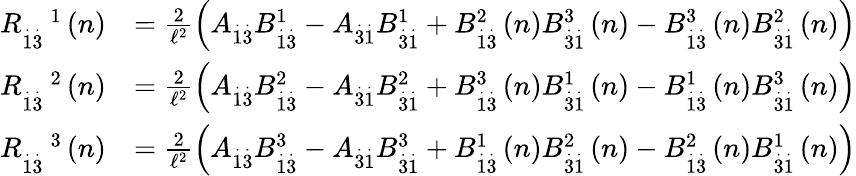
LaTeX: \begin{array}{rl}{R_{\overset{.}{1}\overset{.}{3}}^{\quad 1}\left(n\right)}&{=\frac{2}{\mathcal{\ell}^{2}}\left(A_{\overset{.}{1}\overset{.}{3}}B_{\overset{.}{1}\overset{.}{3}}^{1}-A_{\overset{.}{3}\overset{.}{1}}B_{\overset{.}{3}\overset{.}{1}}^{1}+B_{\overset{.}{1}\overset{.}{3}}^{2}\left(n\right)B_{\overset{.}{3}\overset{.}{1}}^{3}\left(n\right)-B_{\overset{.}{1}\overset{.}{3}}^{3}\left(n\right)B_{\overset{.}{3}\overset{.}{1}}^{2}\left(n\right)\right)}\\ {R_{\overset{.}{1}\overset{.}{3}}^{\quad 2}\left(n\right)}&{=\frac{2}{\mathcal{\ell}^{2}}\left(A_{\overset{.}{1}\overset{.}{3}}B_{\overset{.}{1}\overset{.}{3}}^{2}-A_{\overset{.}{3}\overset{.}{1}}B_{\overset{.}{3}\overset{.}{1}}^{2}+B_{\overset{.}{1}\overset{.}{3}}^{3}\left(n\right)B_{\overset{.}{3}\overset{.}{1}}^{1}\left(n\right)-B_{\overset{.}{1}\overset{.}{3}}^{1}\left(n\right)B_{\overset{.}{3}\overset{.}{1}}^{3}\left(n\right)\right)}\\ {R_{\overset{.}{1}\overset{.}{3}}^{\quad 3}\left(n\right)}&{=\frac{2}{\mathcal{\ell}^{2}}\left(A_{\overset{.}{1}\overset{.}{3}}B_{\overset{.}{1}\overset{.}{3}}^{3}-A_{\overset{.}{3}\overset{.}{1}}B_{\overset{.}{3}\overset{.}{1}}^{3}+B_{\overset{.}{1}\overset{.}{3}}^{1}\left(n\right)B_{\overset{.}{3}\overset{.}{1}}^{2}\left(n\right)-B_{\overset{.}{1}\overset{.}{3}}^{2}\left(n\right)B_{\overset{.}{3}\overset{.}{1}}^{1}\left(n\right)\right)}\end{array}